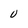
Character: 0